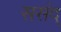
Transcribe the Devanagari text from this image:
ससंद्